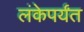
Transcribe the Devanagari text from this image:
लंकेपर्यंत